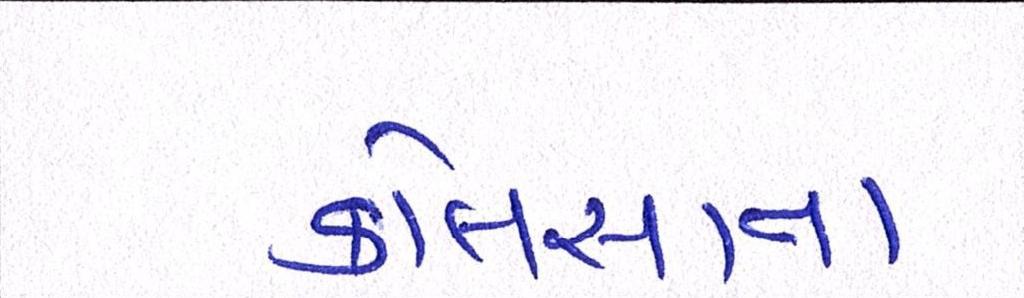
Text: કોલસાના